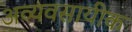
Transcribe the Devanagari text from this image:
अव्यवसायीक